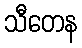
သီတေန